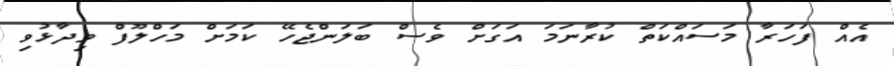
އެއް ފަހަރާ މަސައްކަތް ކުރާނަމަ އަގަށް ވެސްް ބަލަންޖެހޭ ކަމަށް މަހްލޫފް ވިދާޅުވި